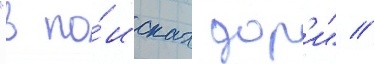
"в по́исках дор'и" //